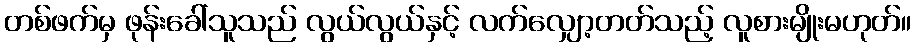
တစ်ဖက်မှ ဖုန်းခေါ်သူသည် လွယ်လွယ်နှင့် လက်လျှော့တတ်သည့် လူစားမျိုးမဟုတ်။